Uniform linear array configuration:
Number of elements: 12
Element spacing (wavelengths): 0.5
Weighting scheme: blackman
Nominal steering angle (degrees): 30
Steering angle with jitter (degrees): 29.423
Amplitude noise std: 0.05
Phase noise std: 0.05

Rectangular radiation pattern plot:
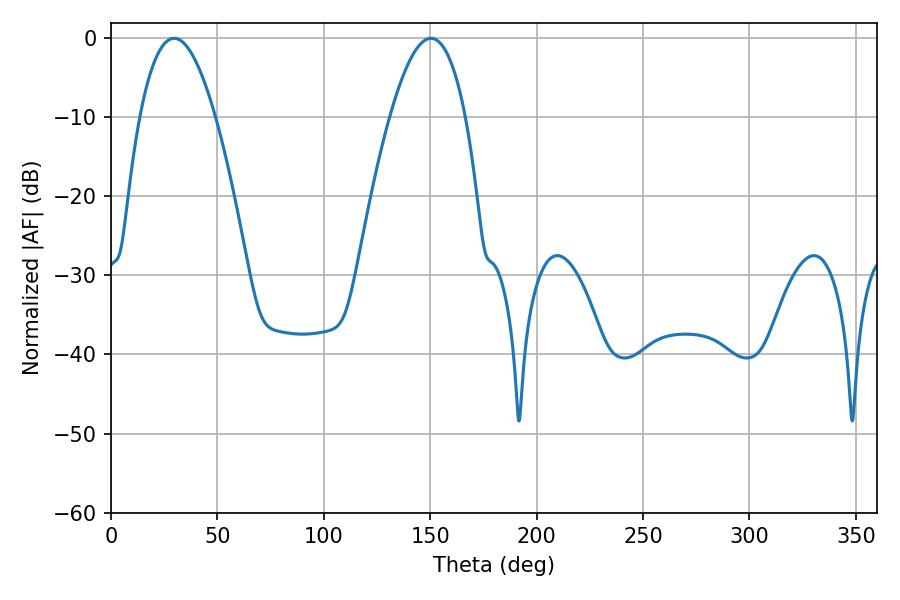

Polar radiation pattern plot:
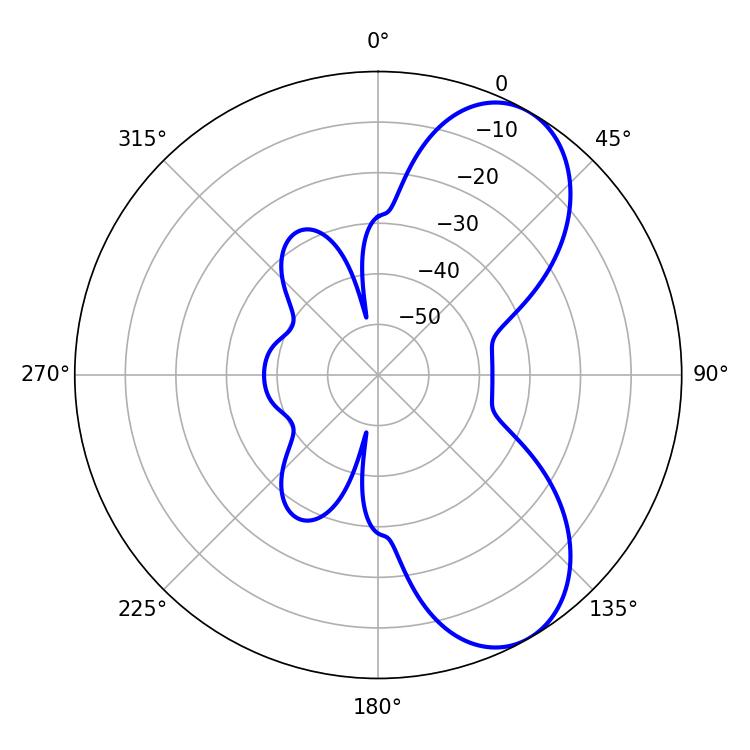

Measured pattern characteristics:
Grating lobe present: FALSE
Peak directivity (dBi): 7.353
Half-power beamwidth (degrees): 19.62
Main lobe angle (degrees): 150.3